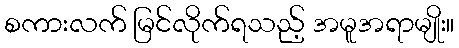
စကားလက် မြင်လိုက်ရသည့် အမူအရာမျိုး။